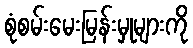
စုံစမ်းမေးမြန်းမှုများကို